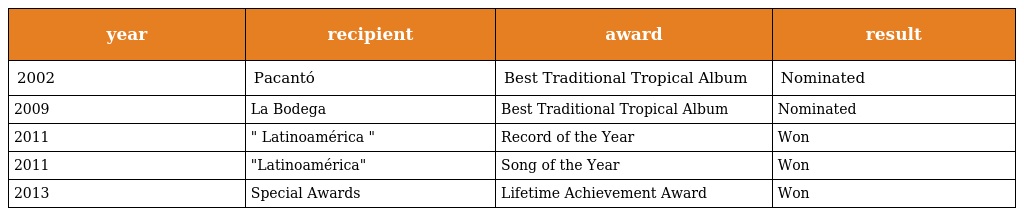
| year | recipient | award | result |
 | --- | --- | --- | --- |
 | 2002 | Pacantó | Best Traditional Tropical Album | Nominated |
 | 2009 | La Bodega | Best Traditional Tropical Album | Nominated |
 | 2011 | " Latinoamérica " | Record of the Year | Won |
 | 2011 | "Latinoamérica" | Song of the Year | Won |
 | 2013 | Special Awards | Lifetime Achievement Award | Won |